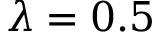
\lambda = 0 . 5